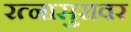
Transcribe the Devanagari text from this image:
रत्नासुरावर